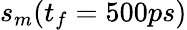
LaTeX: s_{m}(t_{f}=500ps)